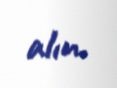
alın.